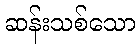
ဆန်းသစ်သော